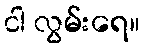
ငါ လွမ်းရေ။